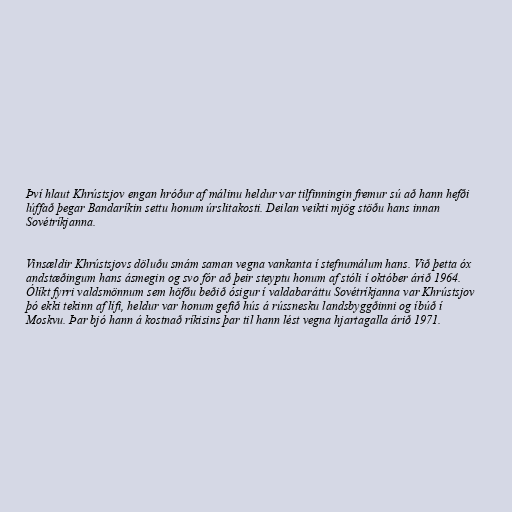
Því hlaut Khrústsjov engan hróður af málinu heldur var tilfinningin fremur sú að hann hefði
lúffað þegar Bandaríkin settu honum úrslitakosti. Deilan veikti mjög stöðu hans innan
Sovétríkjanna.

Vinsældir Khrústsjovs döluðu smám saman vegna vankanta í stefnumálum hans. Við þetta óx
andstæðingum hans ásmegin og svo fór að þeir steyptu honum af stóli í október árið 1964.
Ólíkt fyrri valdsmönnum sem höfðu beðið ósigur í valdabaráttu Sovétríkjanna var Khrústsjov
þó ekki tekinn af lífi, heldur var honum gefið hús á rússnesku landsbyggðinni og íbúð í
Moskvu. Þar bjó hann á kostnað ríkisins þar til hann lést vegna hjartagalla árið 1971.